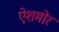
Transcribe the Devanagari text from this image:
ऐशमोर